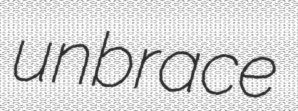
unbrace